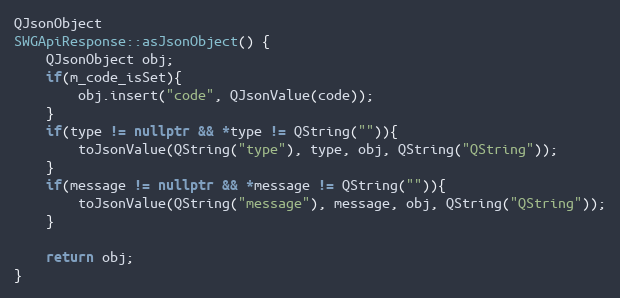
Language: C++
QJsonObject
SWGApiResponse::asJsonObject() {
    QJsonObject obj;
    if(m_code_isSet){
        obj.insert("code", QJsonValue(code));
    }
    if(type != nullptr && *type != QString("")){
        toJsonValue(QString("type"), type, obj, QString("QString"));
    }
    if(message != nullptr && *message != QString("")){
        toJsonValue(QString("message"), message, obj, QString("QString"));
    }

    return obj;
}